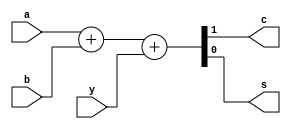
`default_nettype none
`timescale 1ns/1ps

// Comment me out for the generator method below
`define USE_SYNTH_METHOD 1

//
//
//
module fulladder #(
    // Ripple Carry Adder when Width > 1
    parameter	WIDTH = 1
) (
    input	[WIDTH-1:0]	a,
    input	[WIDTH-1:0]	b,
    input			y,

    output			c,
    output	[WIDTH-1:0]	s
);

`ifdef USE_SYNTH_METHOD

    // Verilog synthesis will perform the operation with some syntactic sugar
    assign {c, s} = a + b + y;

    //assign c = (a & b) | (b & y) | (a & y);
    //assign s = (a^b)^y;

`else

    wire [WIDTH-1+1:0] carry;	// +1 due to generate use

    assign carry[0] = y;	// carry-in

    genvar geni;
    generate //: gencarry
        for (geni = 0; geni < WIDTH; geni = geni + 1) begin			// loop WIDTH times, from 0

            assign {carry[geni], s[geni]} = a[geni] + b[geni] + carry[geni];

            //assign carry[geni+1] = (a[geni] & b[geni]) | (b[geni] & carry[geni]) | (a[geni] & carry[geni]);
            //assign s[geni] = (a[geni]^b[geni])^carry[geni];

       end
    endgenerate

    assign c = carry[WIDTH];	// carry-out

`endif

endmodule